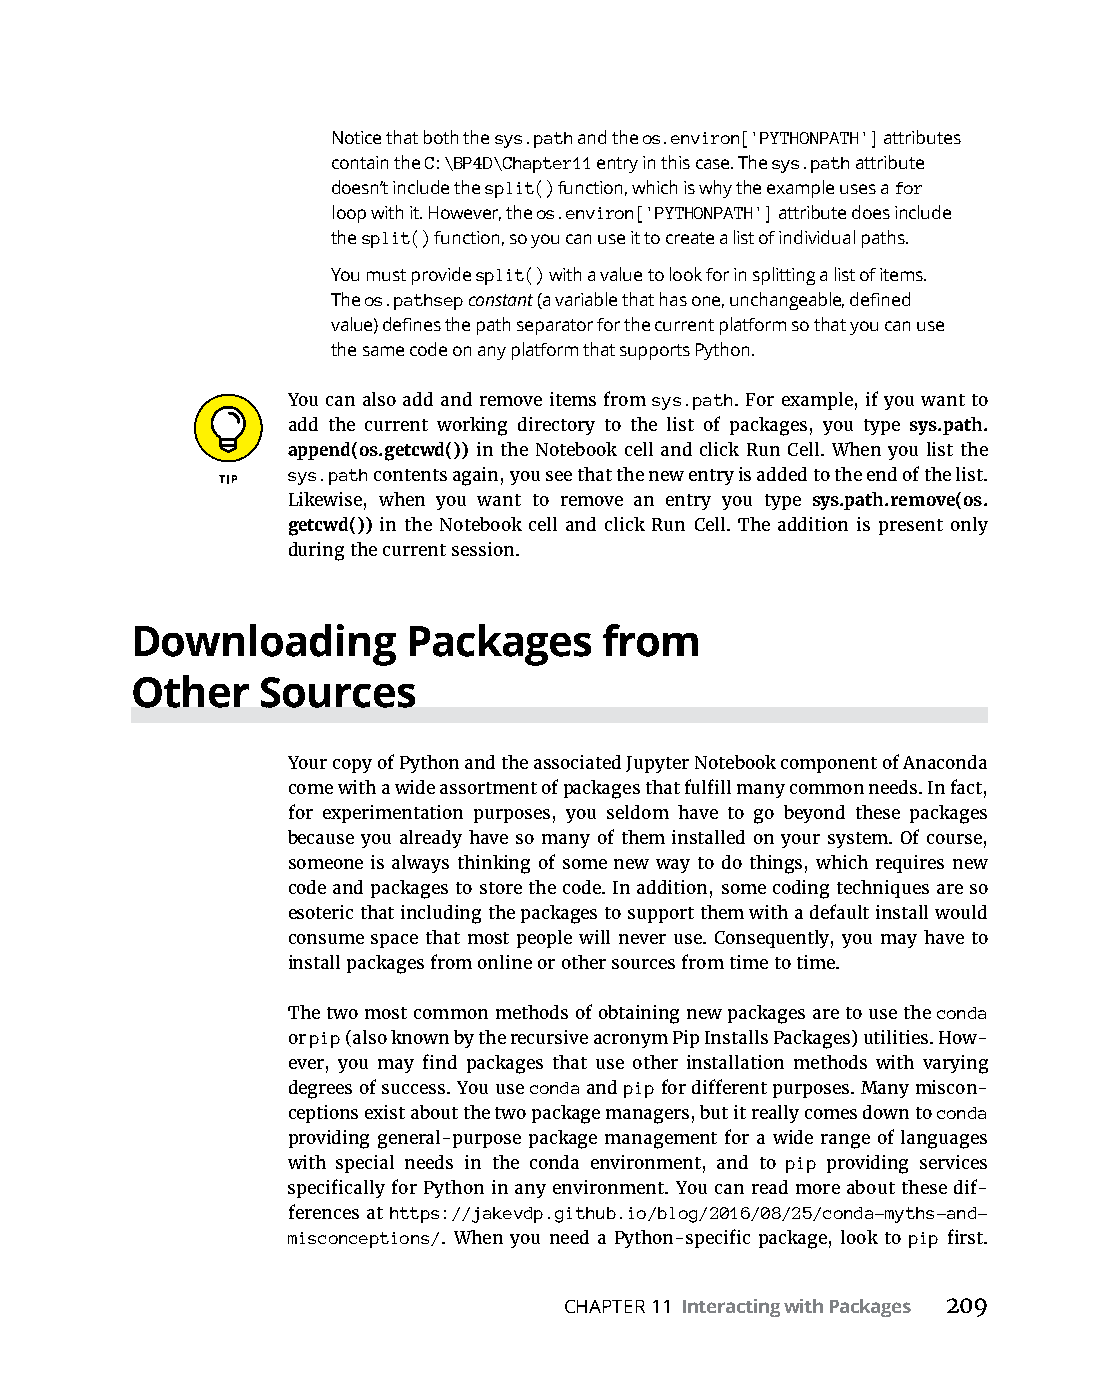
Notice that both the sys.path and the os.environ['PYTHONPATH'] attributes
 contain the C:\BP4D\Chapter11 entry in this case. The sys.path attribute
 doesn’t include the split() function, which is why the example uses a for
 loop with it. However, the os.environ['PYTHONPATH'] attribute does include
 the split() function, so you can use it to create a list of individual paths.
 You must provide split() with a value to look for in splitting a list of items.
 The os.pathsep constant (a variable that has one, unchangeable, defined
 value) defines the path separator for the current platform so that you can use
 the same code on any platform that supports Python.
 You can also add and remove items from sys.path. For example, if you want to
 add the current working directory to the list of packages, you type sys.path.
 append(os.getcwd())­in­the­Notebook­cell­and­click­Run­Cell.­When­you­list­the­
 sys.path contents again, you see that the new entry is added to the end of the list.
 Likewise, when you want to remove an entry you type sys.path.remove(os.
 getcwd()) in the Notebook cell and click Run Cell. The addition is present only
 during the current session.
 Downloading       Packages     from
 Other   Sources
 Your copy of Python and the associated Jupyter Notebook component of Anaconda
 come­with­a­wide­assortment­of­packages­that­fulfill­many­common­needs.­In­fact,­
 for experimentation purposes, you seldom have to go beyond these packages
 because you already have so many of them installed on your system. Of course,
 someone is always thinking of some new way to do things, which requires new
 code and packages to store the code. In addition, some coding techniques are so
 esoteric that including the packages to support them with a default install would
 consume space that most people will never use. Consequently, you may have to
 install packages from online or other sources from time to time.
 The two most common methods of obtaining new packages are to use the conda
 or pip­(also­known­by­the­recursive­acronym­Pip­Installs­Packages)­utilities.­How-
 ever,­you­may­find­packages­that­use­other­installation­methods­with­varying­
 degrees of success. You use conda and pip­for­different­purposes.­Many­miscon-
 ceptions exist about the two package managers, but it really comes down to conda
 providing general-purpose package management for a wide range of languages
 with special needs in the conda environment, and to pip providing services
 ­specifically­for­Python­in­any­environment.­You­can­read­more­about­these­dif-
 ferences at https://jakevdp.github.io/blog/2016/08/25/conda-myths-and-
 misconceptions/.­When­you­need­a­Python-specific­package,­look­to­pip­first.­
 CHAPTER 11 Interacting with Packages 209